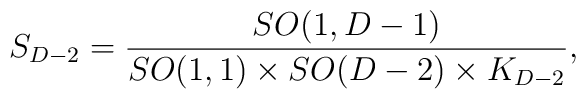
S_{D-2}={SO(1,D-1)\over SO(1,1) \times SO(D-2) \times K_{D-2}},